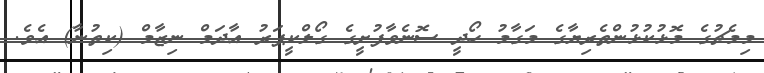
މިމެޗުގެ މޮޅުކުޅުންތެރިޔާގެ މަގާމު ހޯދީ ސޮނެވާފުށީގެ ގޯލްކީޕަރު އާދަމް ނިޒާމް (ކިތުނާ) އެވެ.